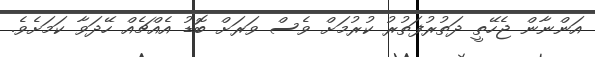
އަންނާން ޖެހޭތީ ދަތުރުފަތުރު ކުރުމަށް ވެސް ވަރަށް ބޮޑު އެއްޗެއް ހޭދަވާ ކަމަށެވެ.